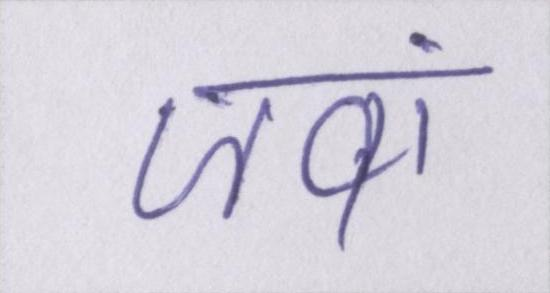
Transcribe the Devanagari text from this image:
जवां